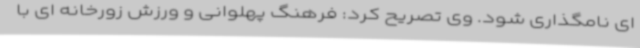
ای نامگذاری شود. وی تصریح کرد: فرهنگ پهلوانی و ورزش زورخانه ای با